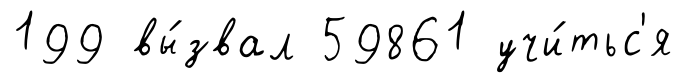
199 вы́звал 59861 учи́тьс'я